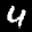
Label: 4